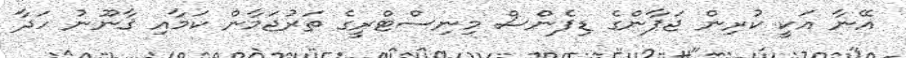
އޭނާ އަކީ ކުރިން ޖަޕާންގެ ޑިފެންސް މިނިސްޓްރީގެ ތަރުޖަމާން ކަމާއި ޤާނޫނު ހަދާ